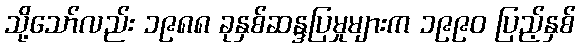
သို့သော်လည်း ၁၉၈၈ ခုနှစ်ဆန္ဒပြမှုများက ၁၉၉၀ ပြည့်နှစ်